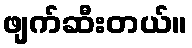
ဖျက်ဆီးတယ်။